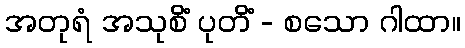
အတုရံ အသုစိံ ပုတိံ - စသော ဂါထာ။